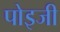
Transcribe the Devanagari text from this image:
पोइजी